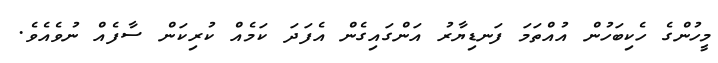
މީހުންގެ ހެކިބަހުން އުއްތަމަ ފަނޑިޔާރު އަންގައިގެން އެފަދަ ކަމެއް ކުރިކަން ސާފެއް ނުވެއެވެ.